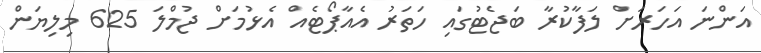
އަންނަ އަހަރަށް ލަފާކުރާ ބަޖެޓުގައި ހަތަރު އެއާޕޯޓެއް އެޅުމަށް ޖުމްލަ 625 މިލިޔަން